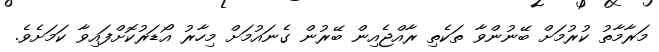
މަރާމާތު ކުރުމަށް ބޭނުންވާ ތަކެތި ރާއްޖެއިން ބޭރުން ގެނައުމަށް މިހާރު އޯޑަރުކޮށްފައިވާ ކަމަށެވެ.